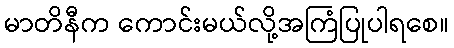
မာတိနီက ကောင်းမယ်လို့အကြံပြုပါရစေ။